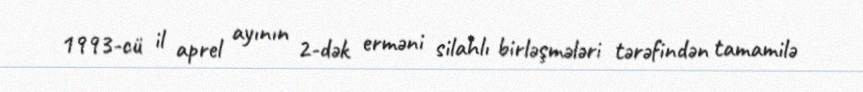
1993-cü il aprel ayının 2-dək erməni silahlı birləşmələri tərəfindən tamamilə